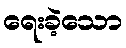
ရေးခဲ့သော